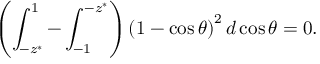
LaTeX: \left( \int _ { - z ^ { * } } ^ { 1 } - \int _ { - 1 } ^ { - z ^ { * } } \right) \left( 1 - \cos \theta \right) ^ { 2 } d \cos \theta = 0 .